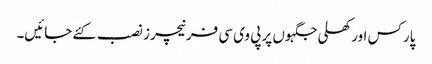
پارکس اور کھلی جگہوں پر پی وی سی فرنیچرز نصب کئے جائیں۔